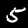
Label: 5